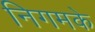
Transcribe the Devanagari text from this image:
निगमके